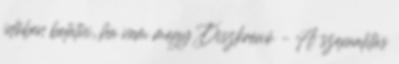
időben belátni, ha nem megy Diszkréció – A szexualitás